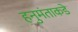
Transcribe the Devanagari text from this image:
हनुमंताकडे